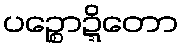
ပဉ္စောဍ္ဍိတော